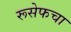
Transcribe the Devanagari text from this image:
रूसेफचा